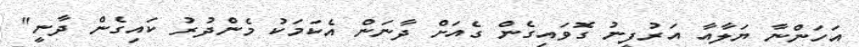
އަހަންނާ ޔަލާއާ އަރުފީނު ގޮވައިގެން ގެއަށް ދާނަން އެކަމަކު މެންދުރު ކައިގެން ދާނީ"